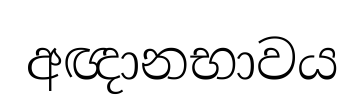
අඥානභාවය